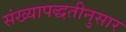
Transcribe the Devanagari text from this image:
संख्यापद्धतीनुसार